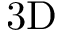
\mathrm { 3 D }